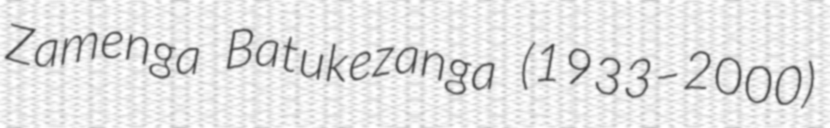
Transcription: Zamenga Batukezanga (1933–2000)